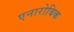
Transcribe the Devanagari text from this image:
एनारोबिक